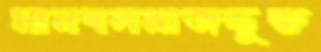
মানবসমাজভুক্ত